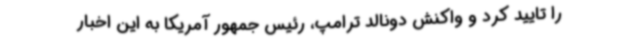
را تایید کرد و واکنش دونالد ترامپ، رئیس جمهور آمریکا به این اخبار